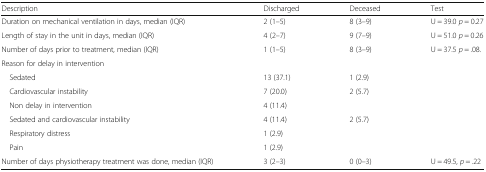
<table><thead><tr><td><b>Description</b></td><td><b>Discharged</b></td><td><b>Deceased</b></td><td><b>Test</b></td></tr></thead><tbody><tr><td>Duration on mechanical ventilation in days, median (IQR)</td><td>2 (1–5)</td><td>8 (3–9)</td><td>U = 39.0 <i>p</i> = 0.27</td></tr><tr><td>Length of stay in the unit in days, median (IQR)</td><td>4 (2–7)</td><td>9 (7–9)</td><td>U = 51.0 <i>p</i> = 0.26</td></tr><tr><td>Number of days prior to treatment, median (IQR)</td><td>1 (1–5)</td><td>8 (3–9)</td><td>U = 37.5 <i>p</i> = .08.</td></tr><tr><td colspan="4">Reason for delay in intervention</td></tr><tr><td> Sedated</td><td>13 (37.1)</td><td>1 (2.9)</td><td></td></tr><tr><td> Cardiovascular instability</td><td>7 (20.0)</td><td>2 (5.7)</td><td></td></tr><tr><td> Non delay in intervention</td><td>4 (11.4)</td><td></td><td></td></tr><tr><td> Sedated and cardiovascular instability</td><td>4 (11.4)</td><td>2 (5.7)</td><td></td></tr><tr><td> Respiratory distress</td><td>1 (2.9)</td><td></td><td></td></tr><tr><td> Pain</td><td>1 (2.9)</td><td></td><td></td></tr><tr><td>Number of days physiotherapy treatment was done, median (IQR)</td><td>3 (2–3)</td><td>0 (0–3)</td><td>U = 49.5, <i>p</i> = .22</td></tr></tbody></table>